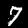
Digit: 7